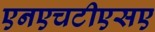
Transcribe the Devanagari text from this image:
एनएचटीएसए